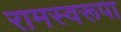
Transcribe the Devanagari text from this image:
रामस्वरूपा